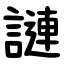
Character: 謰